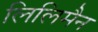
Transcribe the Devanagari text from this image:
लिलिमैन